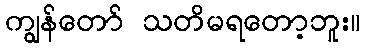
ကျွန်တော် သတိမရတော့ဘူး။